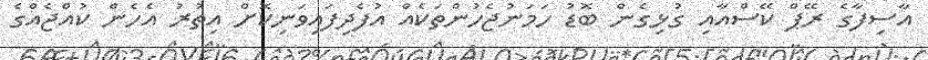
އާސިފާގެ ރޭޕް ކޭސްއާއި ގުޅިގެން ބޮޑު ހަމަނުޖެހުންތަކެއް އުފެދިފައިވަނިކޮށް އިތުރު އެހެން ކުއްޖެއްގެ